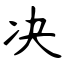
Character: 决